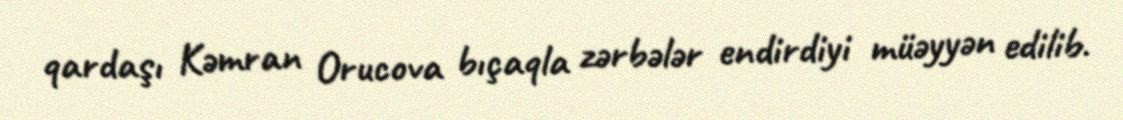
qardaşı Kəmran Orucova bıçaqla zərbələr endirdiyi müəyyən edilib.